Annual administration and progress report of the Indian Medical Department, Bombay
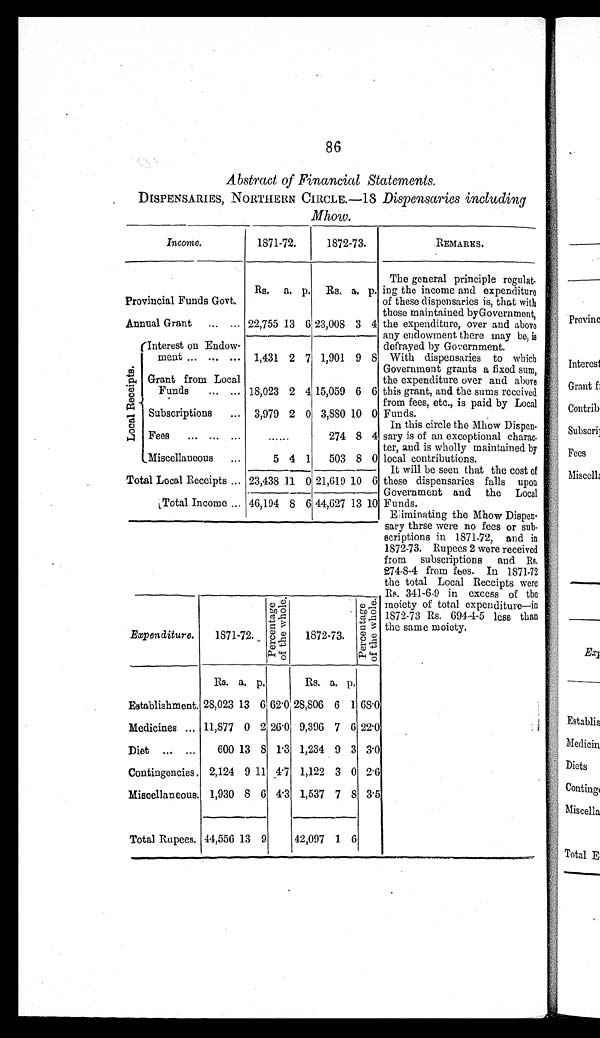
86
Abstract of Financial Statements.
DISPENSARIES, NORTHERN CIRCLE.—18 Dispensaries including
Mhow.
Income.
1871-72.
1872-73.
REMARKS.
Provincial Funds Govt.
Rs. a. p. Rs. a. p.
The general principle regulat-
ing the income and expenditure
o f t h e s e d i s p e n s a r i e s i s , t h a t w i t h
those maintained by Government,
t h e e x p e n d i t u r e , o v e r a n d a b o v e
a n y e n d o w m e n t t h e r e m a y b e , i s
defrayed by Government.
With dispensaries to which
Government grants a fixed sum,
t h e e x p e n d i t u r e o v e r a n d a b o v e
t h i s g r a n t , a n d t h e s u m s r e c e i v e d
f r o m f e e s , e t c . , i s p a i d b y L o c a l
Funds.
In this circle the Mhow Dispen-
sary is of an exceptional charac-
t e r , a n d i s w h o l l y m a i n t a i n e d b y
l o c a l c o n t r i b u t i o n s .
It will be seen that the cost of
these dispensaries falls upon
Government and the Local
Funds.
Eliminating the Mhow Dispen-
sary thrse were no fees or sub-
scriptions in 1871-72, and in
1872-73. Rupees 2 were received
from subscriptions and Rs.
274-8-4 from fees. In 1871-72
the total Local Receipts were
Rs. 341-6-9 in excess of the
moiety of total expenditure—in
1872-73 Rs. 694-4-5 less than
the same moiety.
Annual Grant ... ... 22,755 13 6 23,008 3 4
L o c a l R e c e i p t s .
Interest on Endow-
meat ... ... ... 1,431 2 7 1,901 9 8
Grant from Local
Funds
... ... 18,023 2 4 15,059 6 6
Subscriptions ... 3,979 2 0 3,880 10 0
Fees ... ... ...
......
274 8 4
Miscellaneous
5 4 1 503
8 0
Total Local Receipts ... 23,438 11 0
—
21,619 10 6
Total Income ... 46,194 8 6 44,627 13 10
Expenditure.
1871-72.
p e r c e n t a g e o f t h e w h o l e .
1872-73.
p e r c e n t a g e o f t h e w h o l e .
Rs. a. p.
Rs. a. p.
Establishment. 28,023 13 6 62.0 28,806 6 1 68.0
Medicines ... 11,877 0 2 26.0 9,396 7 6 22.0
Diet ... ...
600 13 8 1.3 1,234 9 3 3.0
Contingencies. 2,124 9 11 4.7 1,122 3 0 2.6
Miscellaneous. 1,930 8 6 4.3 1,537 7 8 3.5
Total Rupees. 44,556 13 9
42,097 1 6